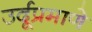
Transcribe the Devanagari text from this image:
उर्दूप्रमाणे